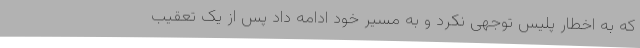
که به اخطار پلیس توجهی نکرد و به مسیر خود ادامه داد پس از یک تعقیب